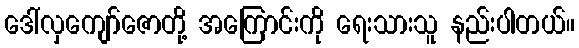
ဒေါ်လှကျော်ဇောတို့ အကြောင်းကို ရေးသားသူ နည်းပါတယ်။